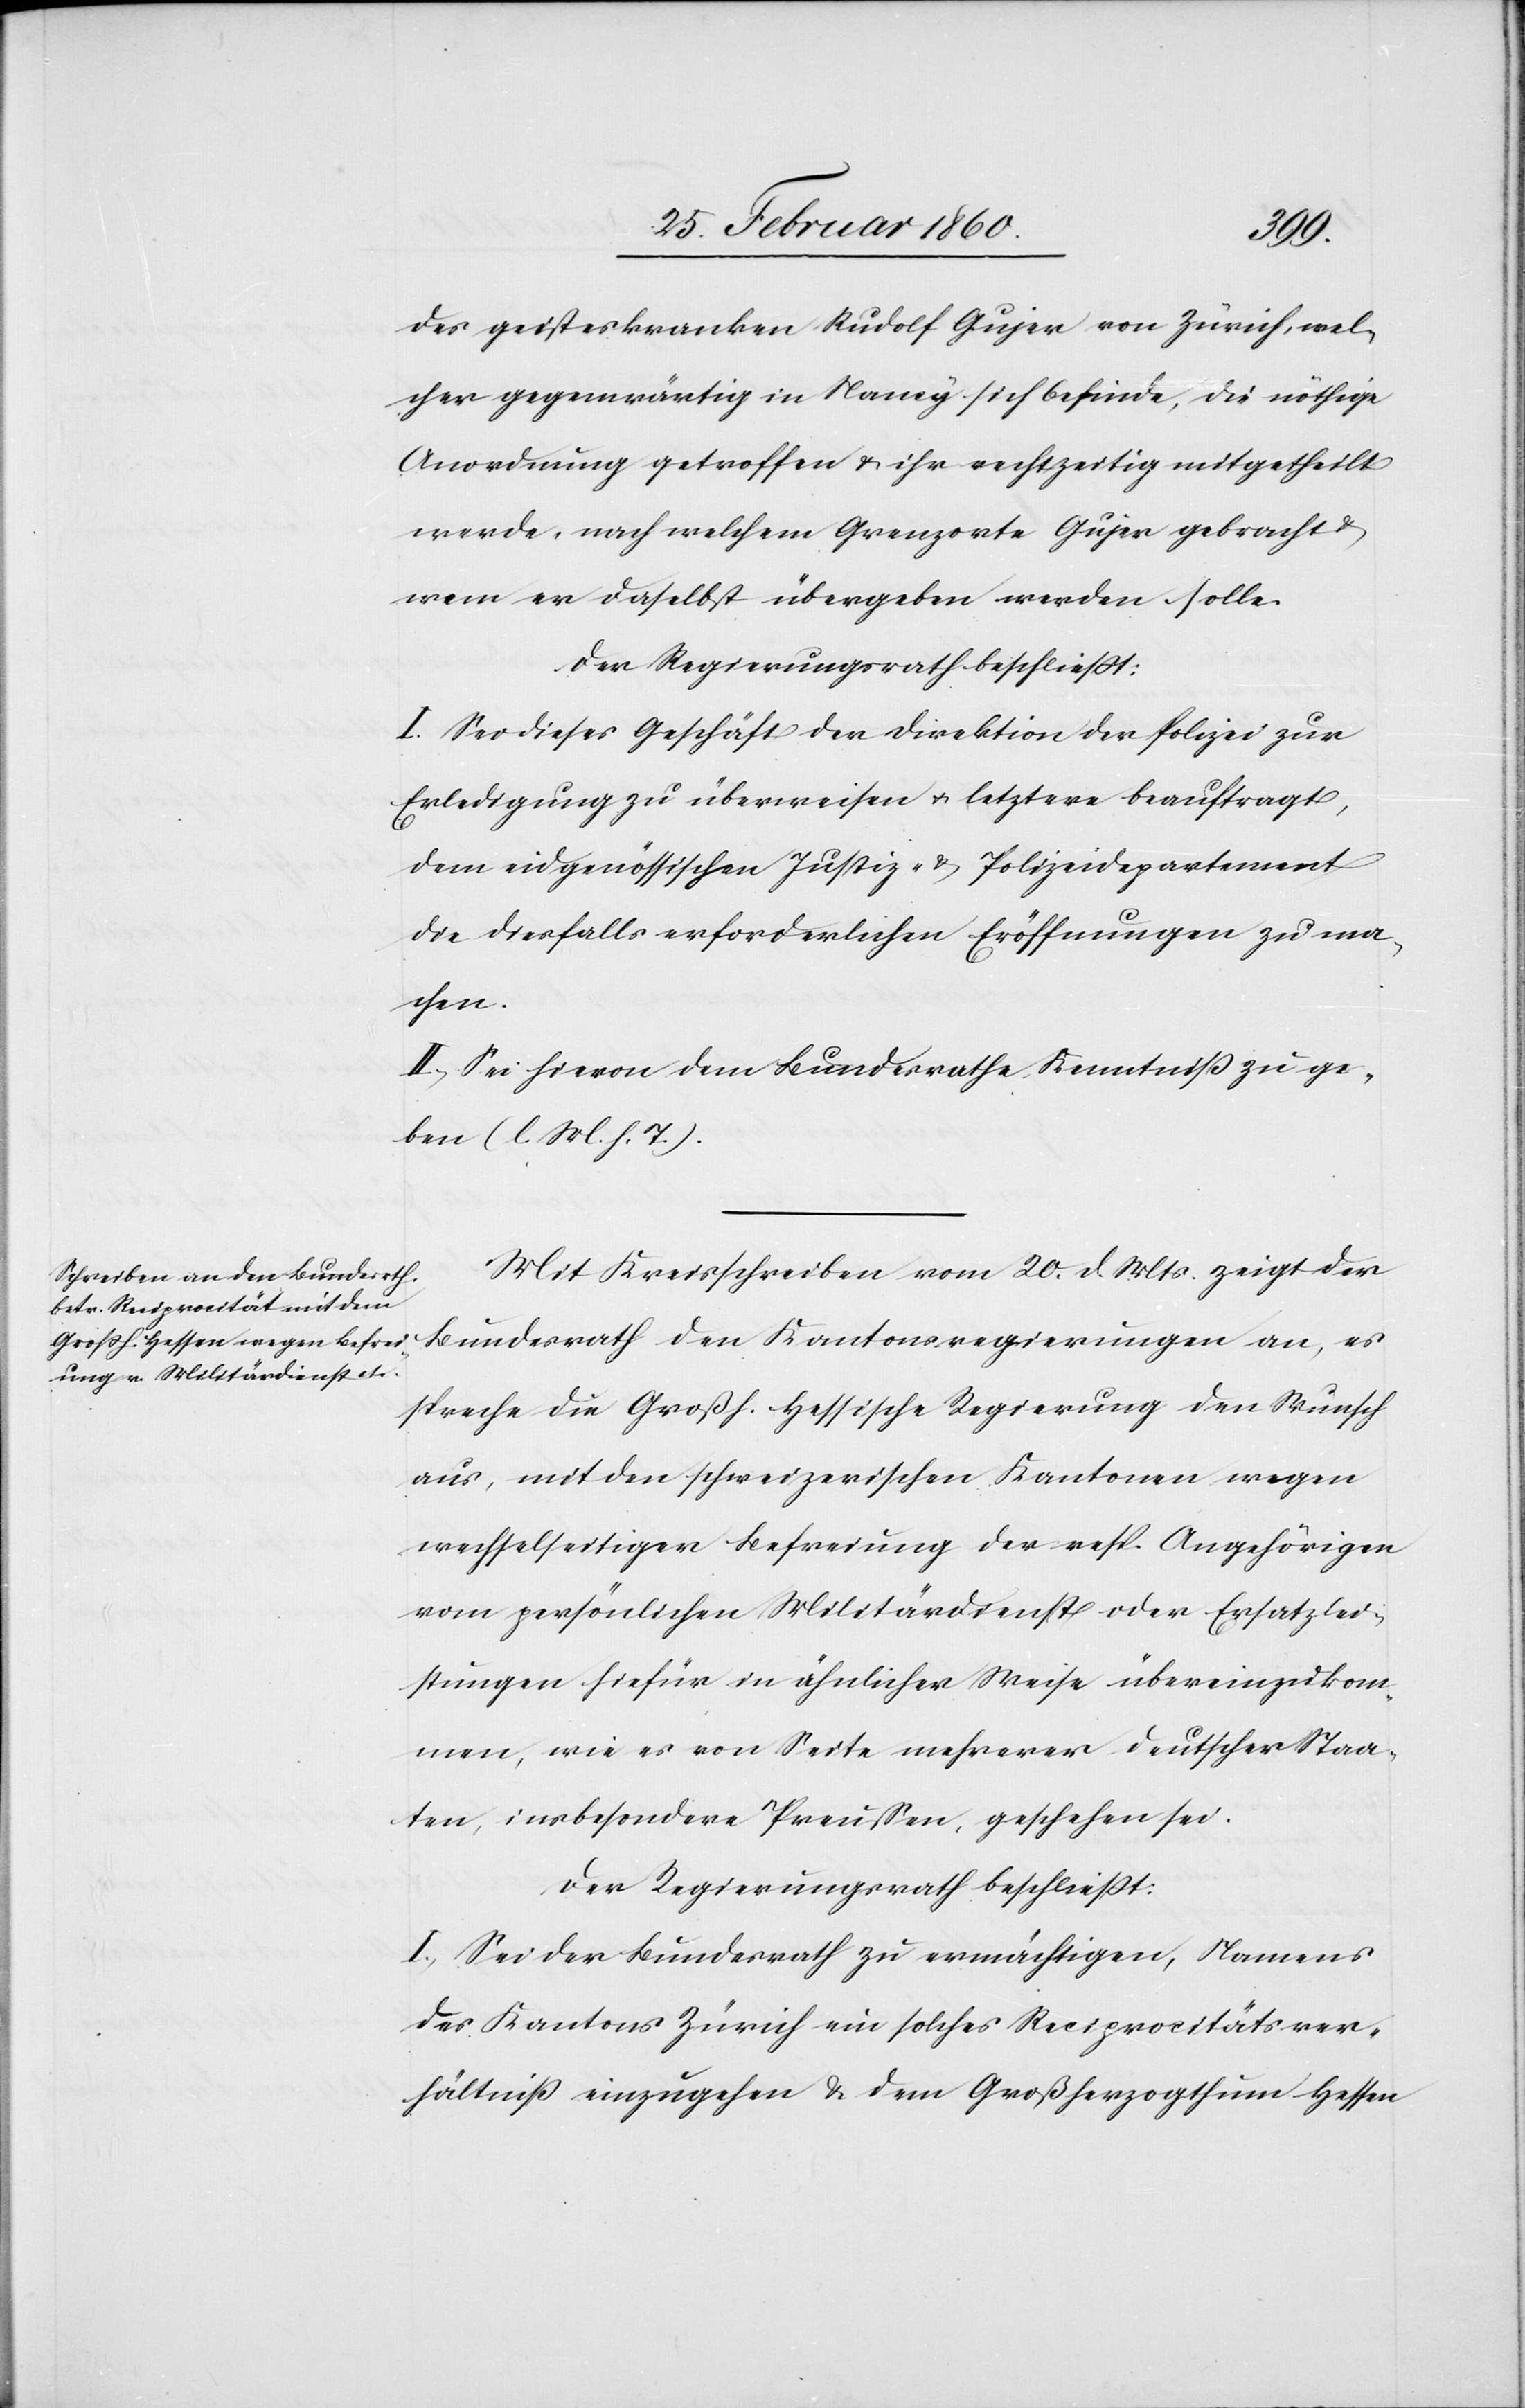
des geisteskranken Rudolf Gujer von Zürich, wel¬
cher gegenwärtig in Nancy sich befinde, die nöthige
Anordnung getroffen u. ihr rechtzeitig mitgetheilt
werde, nach welchem Grenzorte Gujer gebracht u.
wem er daselbst übergeben werden solle.
Der Regierungsrath beschliesst:
I. Sei dieses Geschäft der Direktion der Polizei zur
Erledigung zu überweisen u. letztere beauftragt,
dem eidgenössischen Justiz- u. Polizeidepartement
die diesfalls erforderlichen Eröffnungen zu ma¬
chen.
II. Sei hievon dem Bundesrathe Kenntniß zu ge¬
ben. [l. M. h. T]
Mit Kreisschreiben vom 20. d. Mts. zeigt der
Bundesrath den Kantonsregierungen an, es
spreche die Grossh. Hessiche Regierung den Wunsch
aus, mit den schweizerischen Kantonen wegen
wechselseitiger Befreiung der resp. Angehörigen
vom persönlichen Militärdienst oder Ersatzlei¬
stungen hiefür in ähnlicher Weise übereinzukom¬
men, wie es von Seite mehrerer deutscher Staa¬
ten, insbesondere Preussen, geschehen sei.
Der Regierungsrath beschliesst:
I. Sei der Bundesrath zu ermächtigen, Namens
des Kantons Zürich ein solches Reciprocitätsver¬
hältniss einzugehen u. dem Großherzogthum Hessen